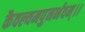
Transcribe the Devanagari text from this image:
कैवल्यमपुनर्भवम्‌।।